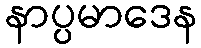
နာပ္ပမာဒေန